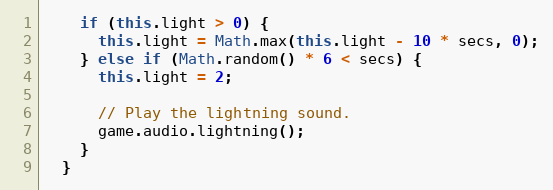
Language: JavaScript
    if (this.light > 0) {
      this.light = Math.max(this.light - 10 * secs, 0);
    } else if (Math.random() * 6 < secs) {
      this.light = 2;

      // Play the lightning sound.
      game.audio.lightning();
    }
  }